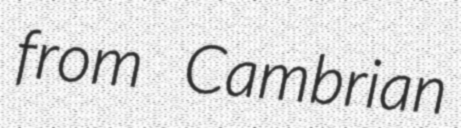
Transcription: from Cambrian